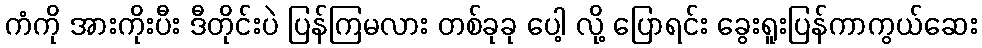
ကံကို အားကိုးပီး ဒီတိုင်းပဲ ပြန်ကြမလား တစ်ခုခု ပေါ့ လို့ ပြောရင်း ခွေးရူးပြန်ကာကွယ်ဆေး